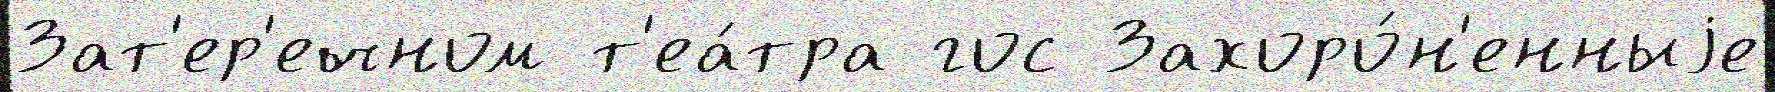
Зат'ер'ечном т'еа́тра гос Захоро́н'енныjе